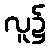
လူ၌